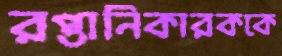
রপ্তানিকারককে